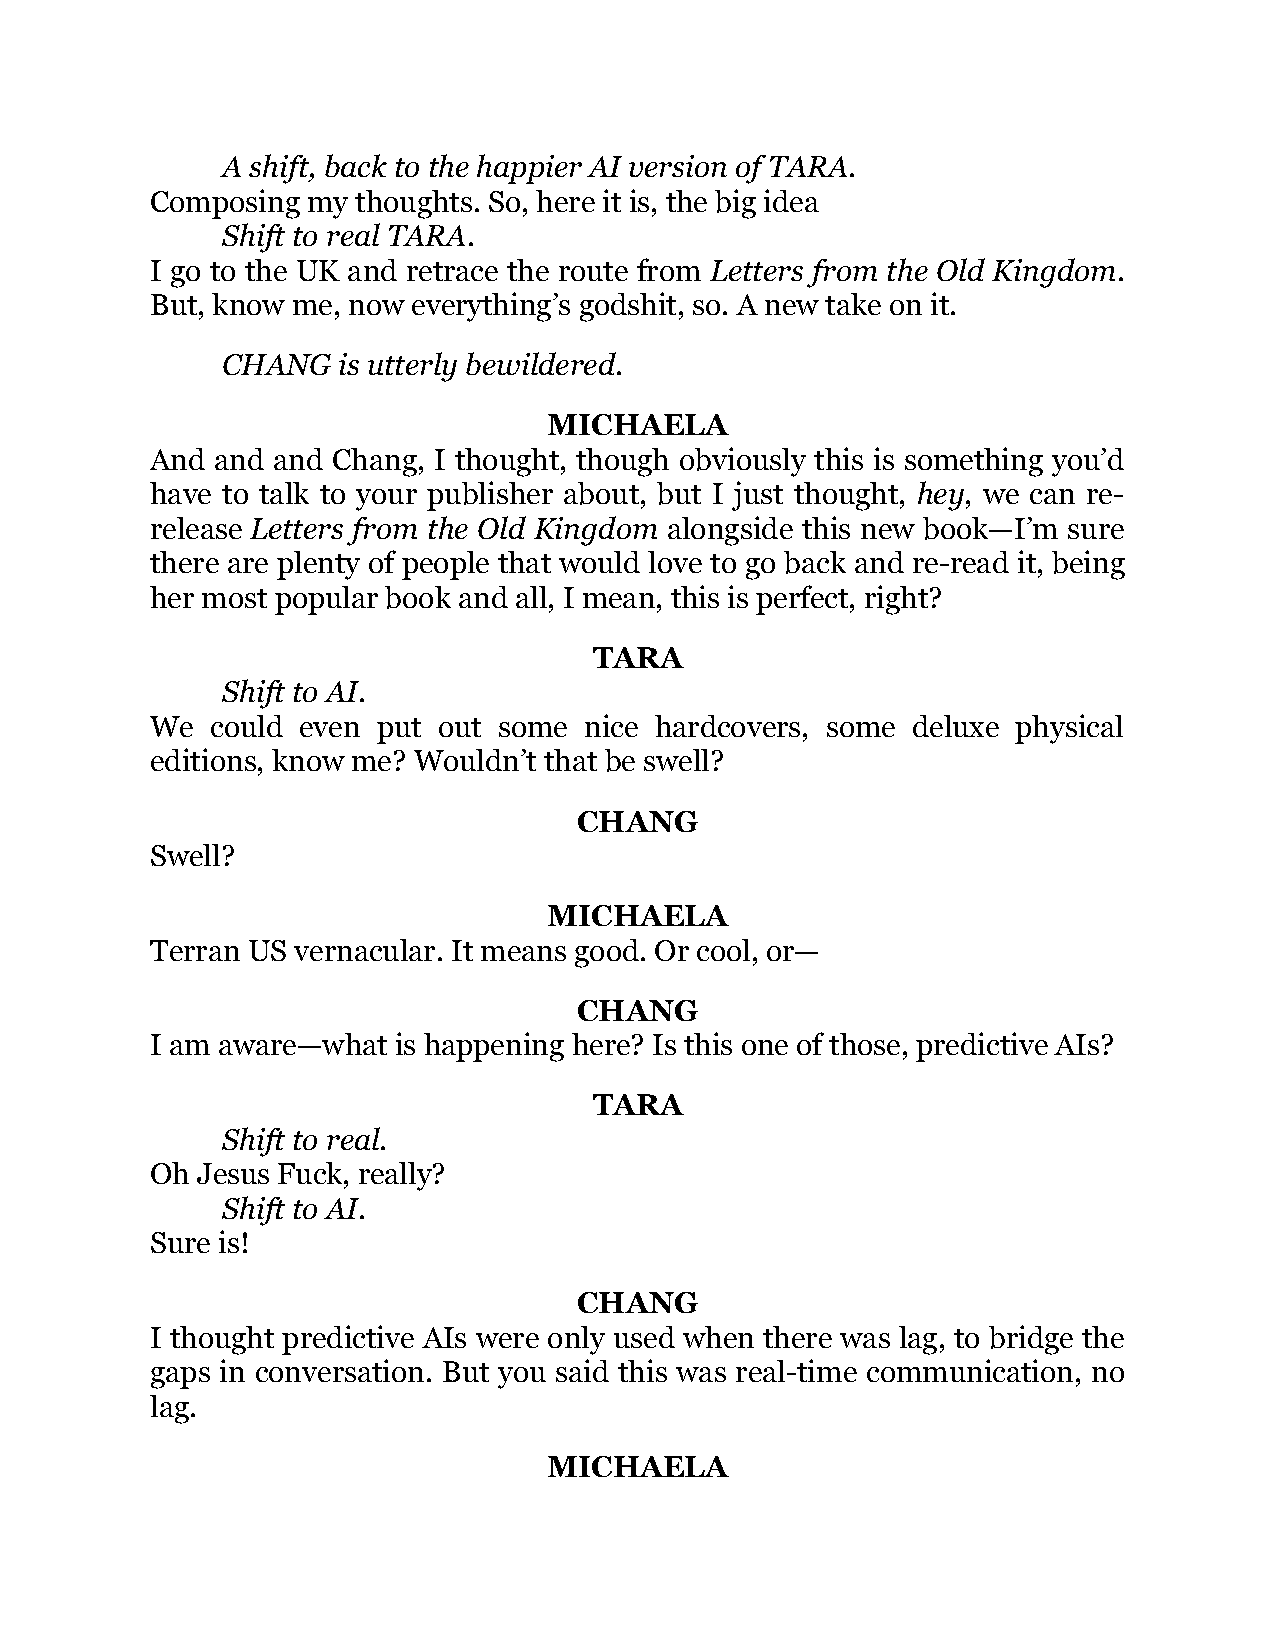
A shift, back to the happier AI version of TARA.
 Composing my  thoughts. So, here it is, the big idea
 Shift to real TARA.
 I go to the UK and retrace the route from Letters from the Old Kingdom.
 But, know me, now everything’s godshit, so. A new take on it.
 CHANG  is utterly bewildered.
 MICHAELA
 And and and Chang, I thought, though obviously this is something you’d
 have to talk to your publisher about, but I just thought, hey, we can re-
 release Letters from the Old Kingdom alongside this new book—I’m sure
 there are plenty of people that would love to go back and re-read it, being
 her most popular book and all, I mean, this is perfect, right?
 TARA
 Shift to AI.
 We  could even put out some  nice hardcovers, some deluxe physical
 editions, know me? Wouldn’t that be swell?
 CHANG
 Swell?
 MICHAELA
 Terran US vernacular. It means good. Or cool, or—
 CHANG
 I am aware—what is happening here? Is this one of those, predictive AIs?
 TARA
 Shift to real.
 Oh Jesus Fuck, really?
 Shift to AI.
 Sure is!
 CHANG
 I thought predictive AIs were only used when there was lag, to bridge the
 gaps in conversation. But you said this was real-time communication, no
 lag.
 MICHAELA